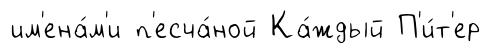
им'ена́м'и п'есча́ной Ка́ждый П'и́т'ер